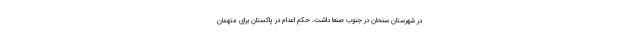
در شهرستان سنحان در جنوب صنعا داشت. حکم اعدام در پاکستان برای متهمان